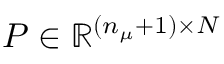
P \in \mathbb { R } ^ { ( n _ { \mu } + 1 ) \times N }